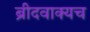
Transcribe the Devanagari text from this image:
ब्रीदवाक्यच